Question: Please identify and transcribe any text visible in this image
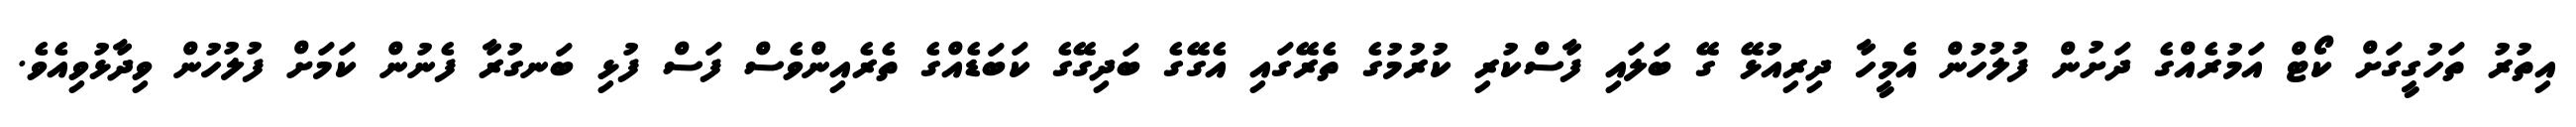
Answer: އިތުރު ތަހުގީގަށް ކޯޓް އަމުރެއްގެ ދަށުން ފުލުހުން އެމީހާ ދިރިއުޅޭ ގޭ ބަލައި ފާސްކުރި ކުރުމުގެ ތެރޭގައި އެގޭގެ ބަދިގޭގެ ކަބަޑެއްގެ ތެރެއިންވެސް ފަސް ފުޅި ބަނގުރާ ފެނުން ކަމަށް ފުލުހުން ވިދާޅުވިއެވެ.